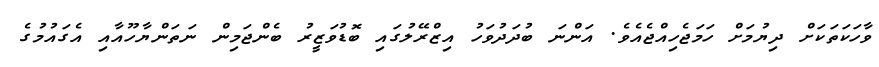
ވާހަކަތަކަށް ދިޔުމަށް ހަމަޖެހިއްޖެއެވެ. އަންނަ ބުދަދުވަހު އިޒްރޭލުގައި ބޮޑުވަޒީރު ބެންޖަމިން ނަތަންޔާހޫއާއި އެގައުމުގެ